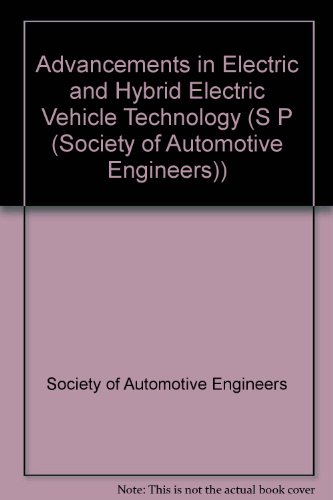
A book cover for Advancements in Electric and Hybrid Electric Vehicle Technology (S P (Society of Automotive Engineers)); Society of Automotive Engineers; Engineering & Transportation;